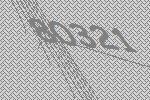
80321